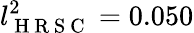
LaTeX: l_{\mathrm{~H~R~S~C~}}^{2}=0.050